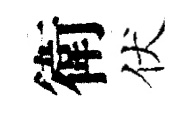
衛伏